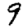
Digit: 9